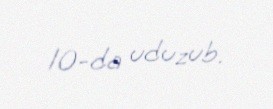
10-da uduzub.